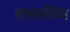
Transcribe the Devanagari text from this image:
तपसप्रिय